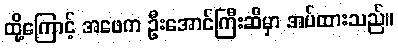
ထို့ကြောင့် အဖေက ဦးအောင်ကြီးဆီမှာ အပ်ထားသည်။